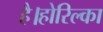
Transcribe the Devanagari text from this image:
है।होरिल्का